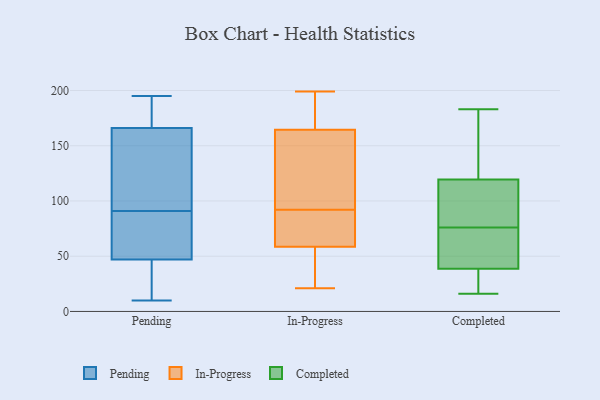
{"axis": {"x": "Tickets Resolved", "y": "Value"}, "legend": ["Completed", "In-Progress", "Pending"], "data": [{"x": "", "y": 152, "type": "Pending"}, {"x": "", "y": 181, "type": "Pending"}, {"x": "", "y": 54, "type": "Pending"}, {"x": "", "y": 166, "type": "Pending"}, {"x": "", "y": 54, "type": "Pending"}, {"x": "", "y": 57, "type": "Pending"}, {"x": "", "y": 168, "type": "Pending"}, {"x": "", "y": 66, "type": "Pending"}, {"x": "", "y": 126, "type": "Pending"}, {"x": "", "y": 28, "type": "Pending"}, {"x": "", "y": 10, "type": "Pending"}, {"x": "", "y": 126, "type": "Pending"}, {"x": "", "y": 39, "type": "Pending"}, {"x": "", "y": 173, "type": "Pending"}, {"x": "", "y": 45, "type": "Pending"}, {"x": "", "y": 116, "type": "Pending"}, {"x": "", "y": 195, "type": "Pending"}, {"x": "", "y": 47, "type": "Pending"}, {"x": "", "y": 54, "type": "In-Progress"}, {"x": "", "y": 64, "type": "In-Progress"}, {"x": "", "y": 199, "type": "In-Progress"}, {"x": "", "y": 144, "type": "In-Progress"}, {"x": "", "y": 67, "type": "In-Progress"}, {"x": "", "y": 188, "type": "In-Progress"}, {"x": "", "y": 100, "type": "In-Progress"}, {"x": "", "y": 63, "type": "In-Progress"}, {"x": "", "y": 164, "type": "In-Progress"}, {"x": "", "y": 46, "type": "In-Progress"}, {"x": "", "y": 187, "type": "In-Progress"}, {"x": "", "y": 21, "type": "In-Progress"}, {"x": "", "y": 37, "type": "In-Progress"}, {"x": "", "y": 144, "type": "In-Progress"}, {"x": "", "y": 165, "type": "In-Progress"}, {"x": "", "y": 84, "type": "In-Progress"}, {"x": "", "y": 154, "type": "Completed"}, {"x": "", "y": 95, "type": "Completed"}, {"x": "", "y": 38, "type": "Completed"}, {"x": "", "y": 56, "type": "Completed"}, {"x": "", "y": 21, "type": "Completed"}, {"x": "", "y": 41, "type": "Completed"}, {"x": "", "y": 118, "type": "Completed"}, {"x": "", "y": 126, "type": "Completed"}, {"x": "", "y": 70, "type": "Completed"}, {"x": "", "y": 120, "type": "Completed"}, {"x": "", "y": 26, "type": "Completed"}, {"x": "", "y": 16, "type": "Completed"}, {"x": "", "y": 74, "type": "Completed"}, {"x": "", "y": 183, "type": "Completed"}, {"x": "", "y": 77, "type": "Completed"}, {"x": "", "y": 112, "type": "Completed"}, {"x": "", "y": 24, "type": "Completed"}, {"x": "", "y": 145, "type": "Completed"}, {"x": "", "y": 76, "type": "Completed"}]}